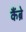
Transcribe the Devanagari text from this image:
कैंब्रे